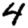
Digit: 4